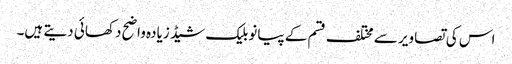
اس کی تصاویر سے مختلف قسم کے پیانو بلیک شیڈ زیادہ واضح دکھائی دیتے ہیں۔